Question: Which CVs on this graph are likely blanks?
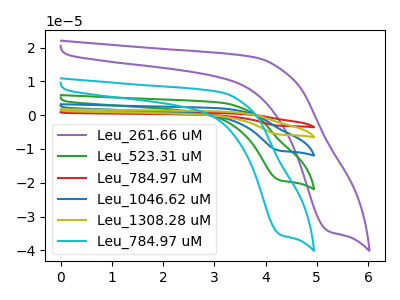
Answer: <think>The purple curve "Leu_261.66 uM" has a cathodic peak at: (5.25V, -34.35uA). The green curve "Leu_523.31 uM" has a cathodic peak at: (4.30V, -19.30uA). The red curve "Leu_784.97 uM" has a cathodic peak at: (4.30V, -77.25uA). The blue curve "Leu_1046.62 uM" has a cathodic peak at: (4.30V, -38.60uA). The olive curve "Leu_1308.28 uM" has a cathodic peak at: (4.30V, -57.90uA). The cyan curve "Leu_784.97 uM" has a cathodic peak at: (4.30V, -35.40uA).</think>
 <answer>There are not any CV's on this graph that are likely to be blanks.</answer>
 <eval>none</eval>